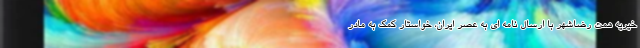
خیریه همت رضاشهر با ارسال نامه ای به عصر ایران، خواستار کمک به مادر